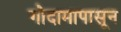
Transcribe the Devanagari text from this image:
गोदामापासून